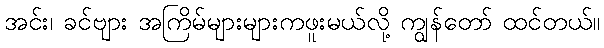
အင်း၊ ခင်ဗျား အကြိမ်များများကဖူးမယ်လို့ ကျွန်တော် ထင်တယ်။